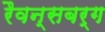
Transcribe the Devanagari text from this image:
रैवन्सबर्ग